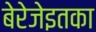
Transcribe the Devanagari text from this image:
बेरेजेइतका